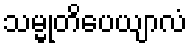
သမ္မုတိပေယျာလံ